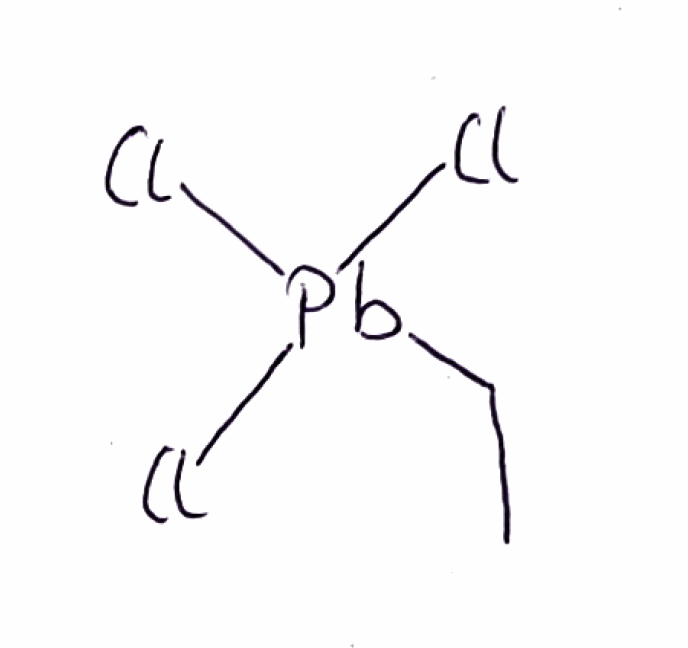
Simplified molecular-input line-entry system (SMILES) notation of the given molecule:
CC[Pb](Cl)(Cl)Cl